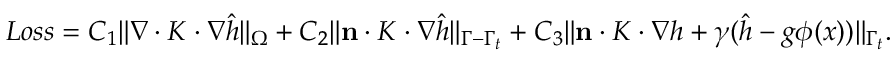
\begin{array} { r } { L o s s = C _ { 1 } \| \nabla \cdot K \cdot \nabla \hat { h } \| _ { \Omega } + C _ { 2 } \| \mathbf { n } \cdot K \cdot \nabla \hat { h } \| _ { \Gamma - \Gamma _ { t } } + C _ { 3 } \| \mathbf { n } \cdot K \cdot \nabla h + \gamma ( \hat { h } - g \phi ( x ) ) \| _ { \Gamma _ { t } } . } \end{array}